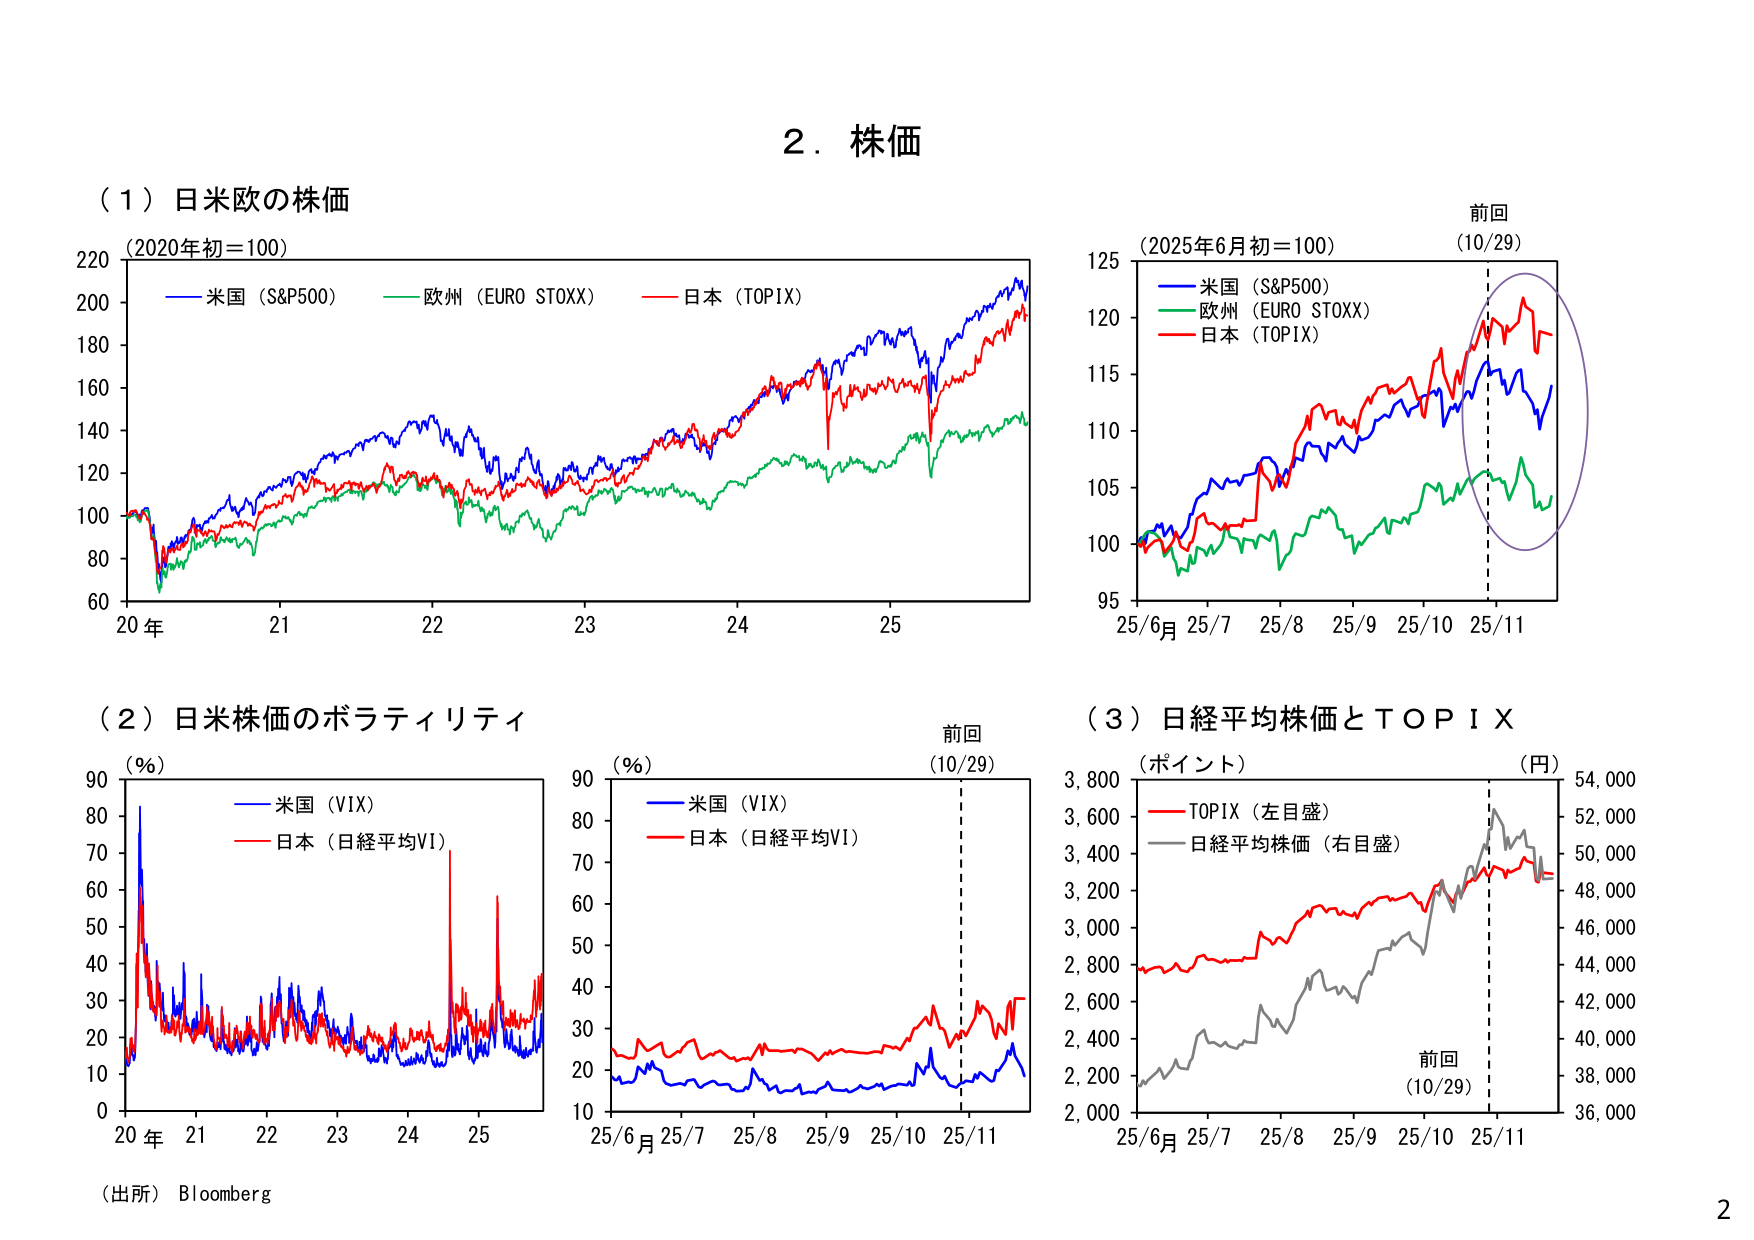
2．株価

（1）日米欧の株価
（2020年初＝100）
　　ー　米国（S&P500）
　　ー　欧州（EURO STOXX）
　　ー　日本（TOPIX）
20年　21　22　23　24　25

（2）日米株価のボラティリティ
（％）
　　ー　米国（VIX）
　　ー　日本（日経平均VI）
20年　21　22　23　24　25

（3）日経平均株価とＴＯＰＩＸ
（ポイント）　　　　　　　　（円）
　　ー　TOPIX（左目盛）
　　ー　日経平均株価（右目盛）
25/6月　25/7　25/8　25/9　25/10　25/11

前回
（10/29）

前回
（10/29）

前回
（10/29）

（2025年6月初＝100）
　　ー　米国（S&P500）
　　ー　欧州（EURO STOXX）
　　ー　日本（TOPIX）
25/6月　25/7　25/8　25/9　25/10　25/11

（出所）Bloomberg

2